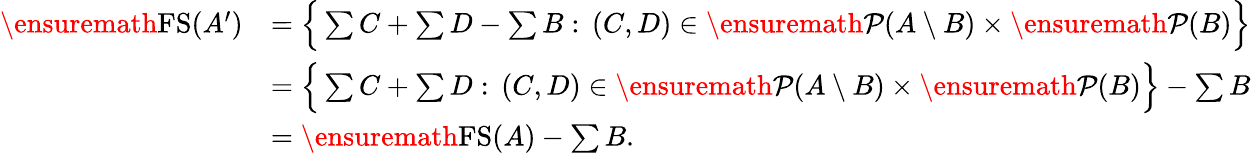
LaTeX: \begin{array}{rl}{\ensuremath{\operatorname{FS}}(A^{\prime})}&{=\Big\{ \sum C+\sum D-\sum B:\, (C,D)\in\ensuremath{\mathcal P}(A\setminus B)\times\ensuremath{\mathcal P}(B)\Big\} }\\ &{=\Big\{ \sum C+\sum D:\, (C,D)\in\ensuremath{\mathcal P}(A\setminus B)\times\ensuremath{\mathcal P}(B)\Big\} -\sum B}\\ &{=\ensuremath{\operatorname{FS}}(A)-\sum B.}\end{array}